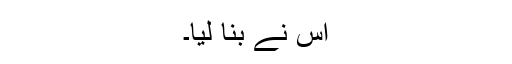
اس نے بنا لیا۔